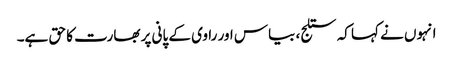
انہوں نے کہا کہ ستلج، بیاس اور راوی کے پانی پر بھارت کا حق ہے۔